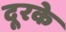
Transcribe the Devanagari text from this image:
दूरके